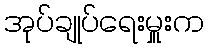
အုပ်ချုပ်ရေးမှူးက